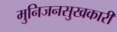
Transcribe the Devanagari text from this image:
मुनिजनसुखकारी